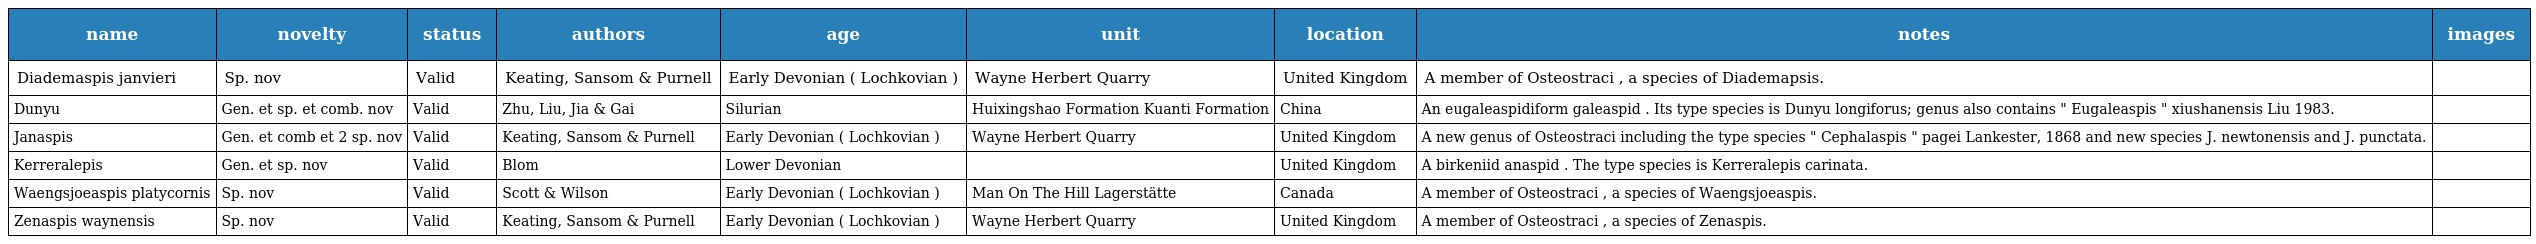
| name | novelty | status | authors | age | unit | location | notes | images |
 | --- | --- | --- | --- | --- | --- | --- | --- | --- |
 | Diademaspis janvieri | Sp. nov | Valid | Keating, Sansom & Purnell | Early Devonian ( Lochkovian ) | Wayne Herbert Quarry | United Kingdom | A member of Osteostraci , a species of Diademapsis. |  |
 | Dunyu | Gen. et sp. et comb. nov | Valid | Zhu, Liu, Jia & Gai | Silurian | Huixingshao Formation Kuanti Formation | China | An eugaleaspidiform galeaspid . Its type species is Dunyu longiforus; genus also contains " Eugaleaspis " xiushanensis Liu 1983. |  |
 | Janaspis | Gen. et comb et 2 sp. nov | Valid | Keating, Sansom & Purnell | Early Devonian ( Lochkovian ) | Wayne Herbert Quarry | United Kingdom | A new genus of Osteostraci including the type species " Cephalaspis " pagei Lankester, 1868 and new species J. newtonensis and J. punctata. |  |
 | Kerreralepis | Gen. et sp. nov | Valid | Blom | Lower Devonian |  | United Kingdom | A birkeniid anaspid . The type species is Kerreralepis carinata. |  |
 | Waengsjoeaspis platycornis | Sp. nov | Valid | Scott & Wilson | Early Devonian ( Lochkovian ) | Man On The Hill Lagerstätte | Canada | A member of Osteostraci , a species of Waengsjoeaspis. |  |
 | Zenaspis waynensis | Sp. nov | Valid | Keating, Sansom & Purnell | Early Devonian ( Lochkovian ) | Wayne Herbert Quarry | United Kingdom | A member of Osteostraci , a species of Zenaspis. |  |